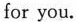
for you.